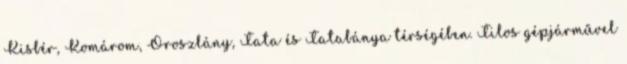
Kisbér, Komárom, Oroszlány, Tata és Tatabánya térségében. Tilos gépjárművel